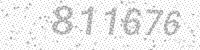
Solution: 811676